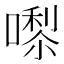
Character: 𭊵